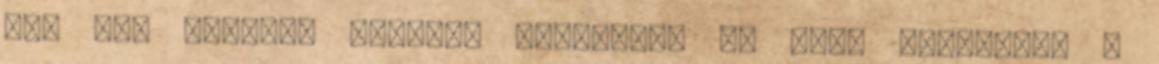
még egy nyelvet beszél. Emlékszem az első rajzomért 3